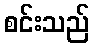
စင်းသည်